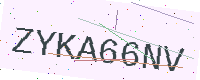
Text: ZYKA66NV